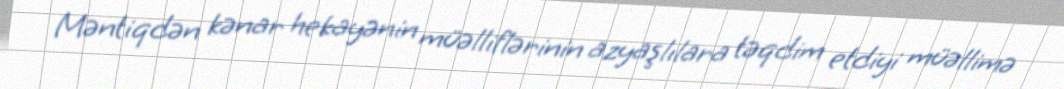
Məntiqdən kənar hekayənin müəlliflərinin azyaşlılara təqdim etdiyi müəllimə